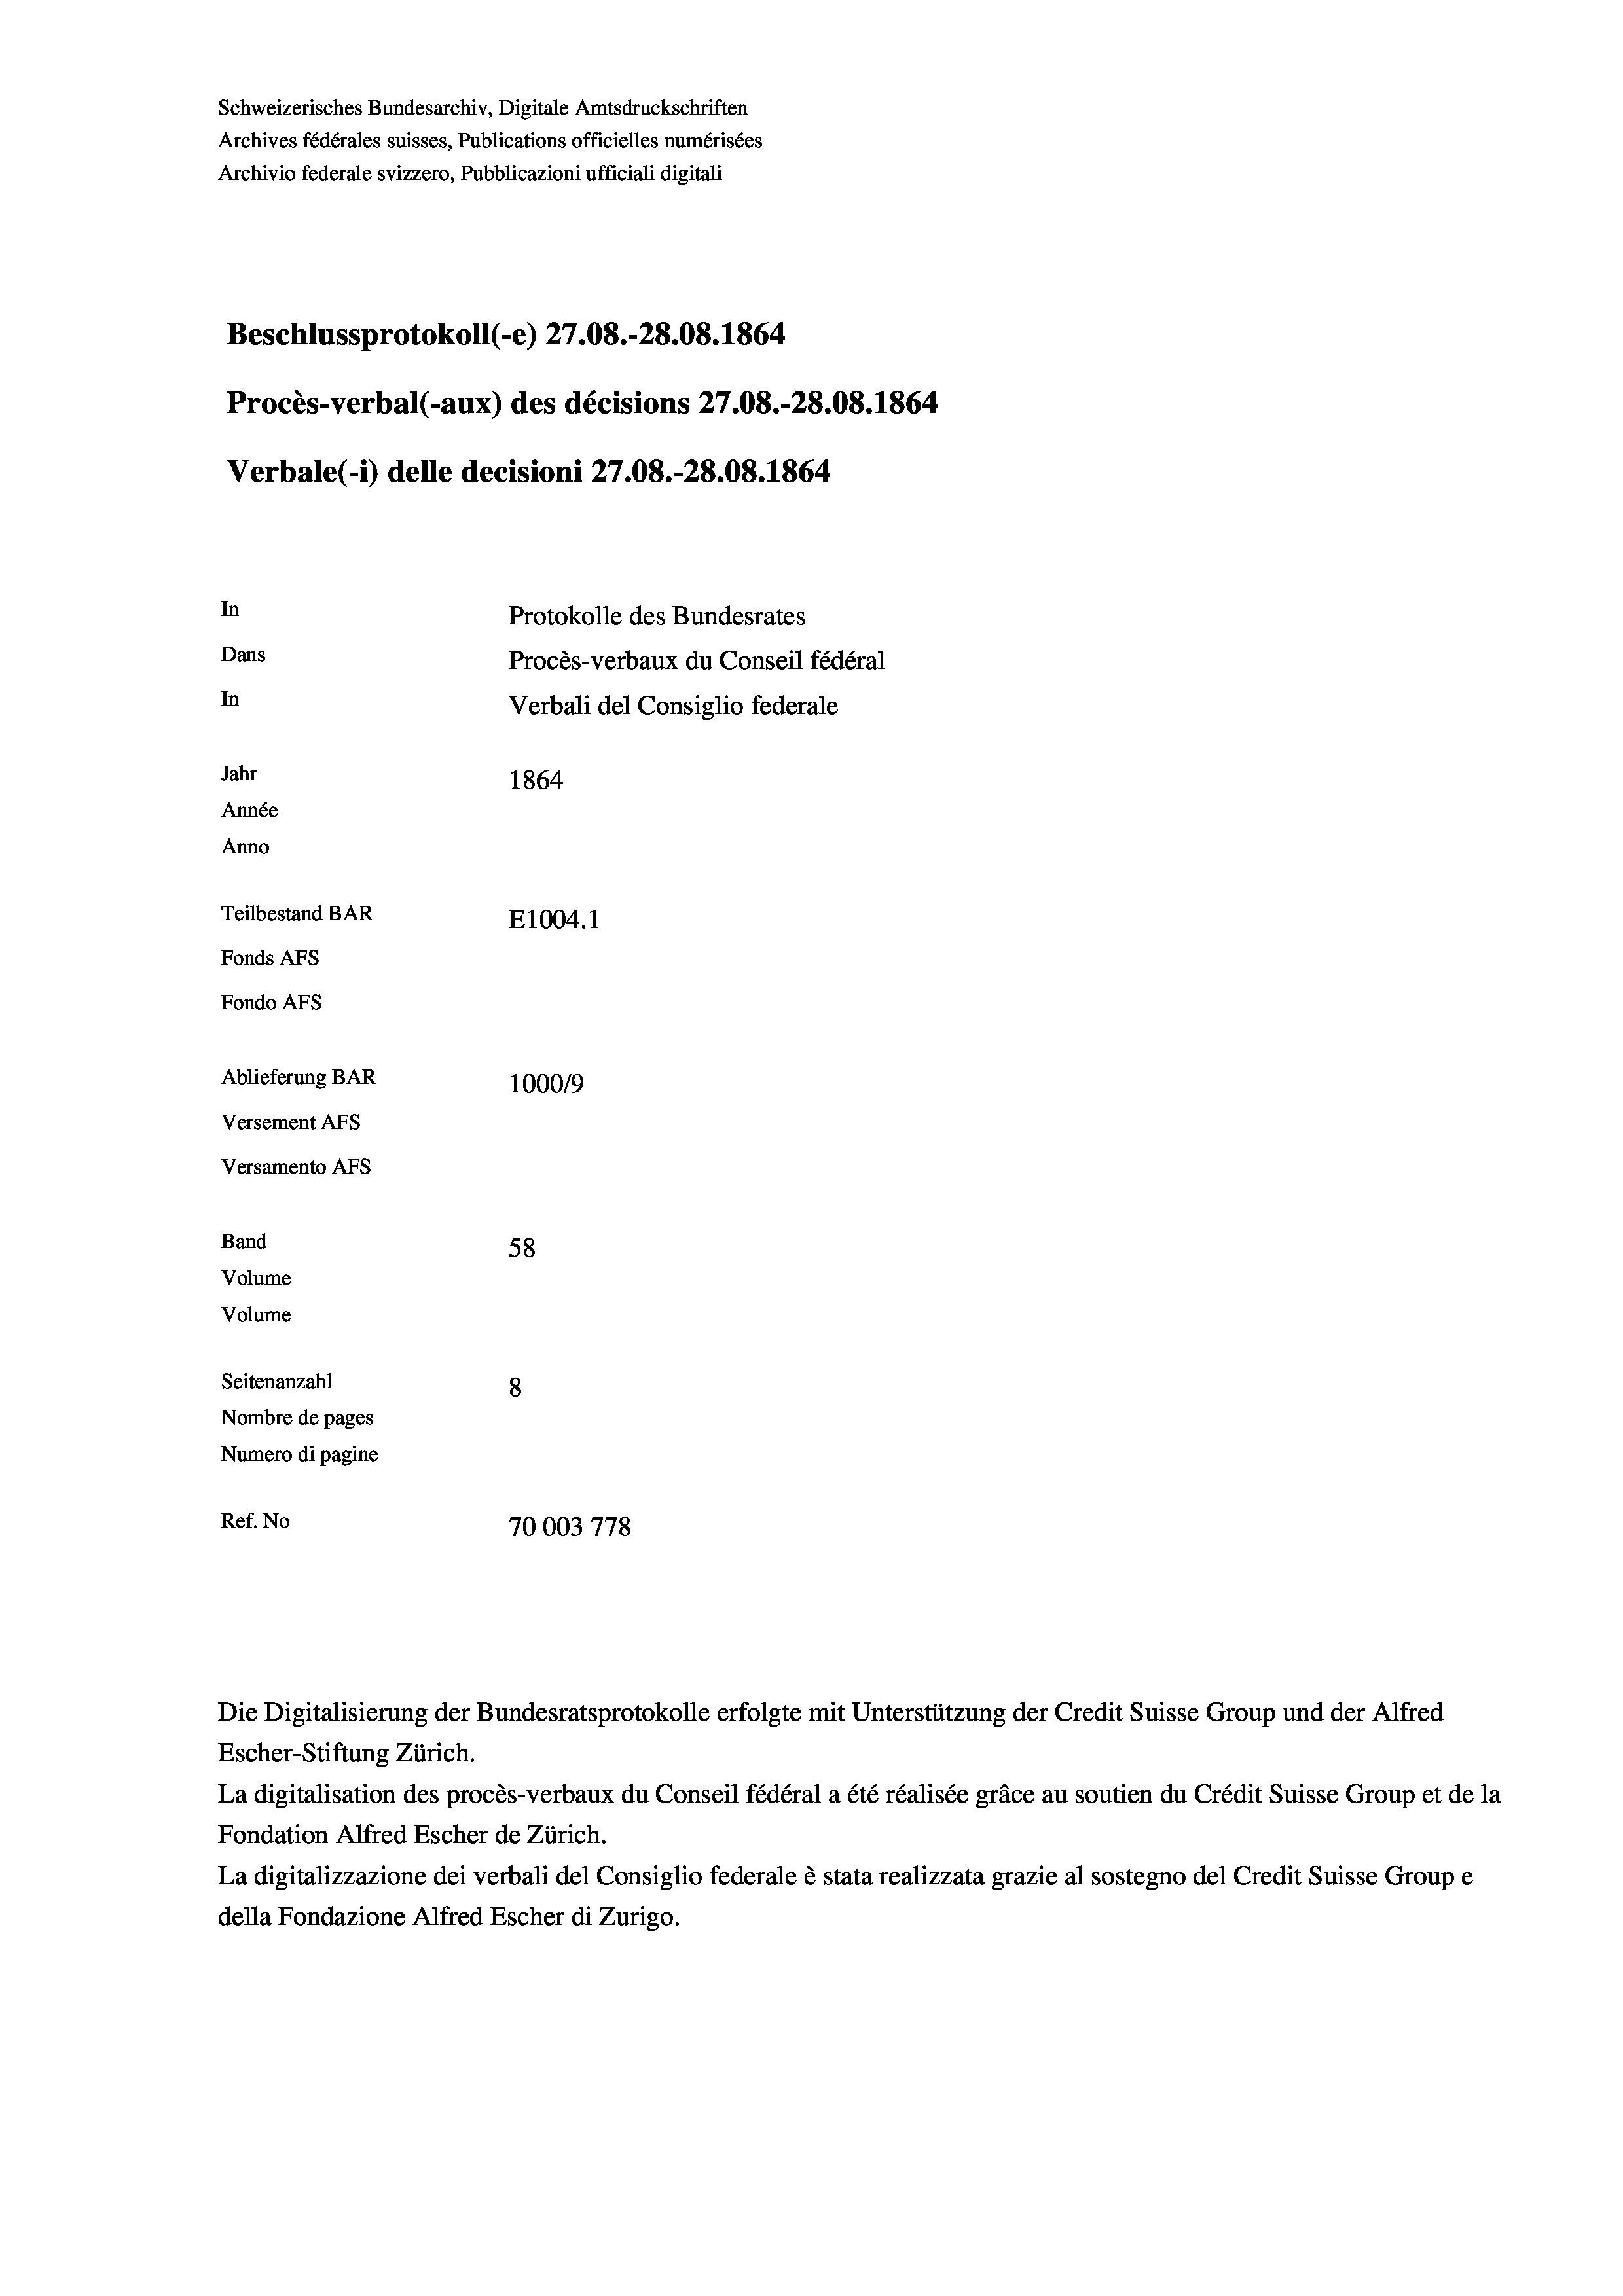
Schweizerisches Bundesarchiv, Digitale Amtsdruckschriften
Archives fédérales suisses, Publications officielles numérisées
Archivio federale svizzero, Pubblicazioni ufficiali digitali
Beschlussprotokoll (-e) 27.08.-28.08. 1864
Procès-verbal (-aux) des décisions 27.08.-28.08. 1864
Verbale (- 1) delle decisioni 27.08.-28.08. 1864
In
Protokolle des Bundesrates
Dans
Procès-verbaux du Conseil fédéral
In
Verbali del Consiglio federale
Jahr
1864
Année
Anno
Teilbestand BAR
E1004.1
Fonds AFs
Fondo AFS

Ablieferung BAR
Versement AFs
Versamento Afs
Band
Volume

58
Volume
Seitenanzahl
8
Nombre de pages
Numero di pagine
Ref. No
70003778

1000/9

Escher-Stiftung Zürich.
La digitalisation des procès-verbaux du Conseil fédéral a été réalisée gräce au soutien du Crédit Suisse Group et de la
Fondation Alfred Escher de Zürich.
La digitalizzazione dei verbali del Consiglio federale è stata realizzata grazie al sostegno del Credit Suisse Groupe
della Fondazione Alfred Escher di Zurigo.

Die Digitalisierung der Bundesratsprotokolle erfolgte mit Unterstützung der Credit Suisse Group und der Alfred